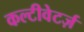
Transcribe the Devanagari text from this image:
कल्टीवेटर्ज़